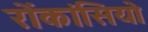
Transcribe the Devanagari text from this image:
रोंकांसियो